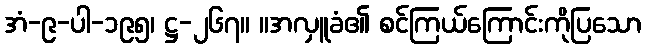
အံ-၉-ပါ-၁၉၅၊ ဋ္ဌ-၂၆၇။ ။အလှူခံ၏ စင်ကြယ်ကြောင်းကိုပြသော